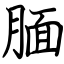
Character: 腼